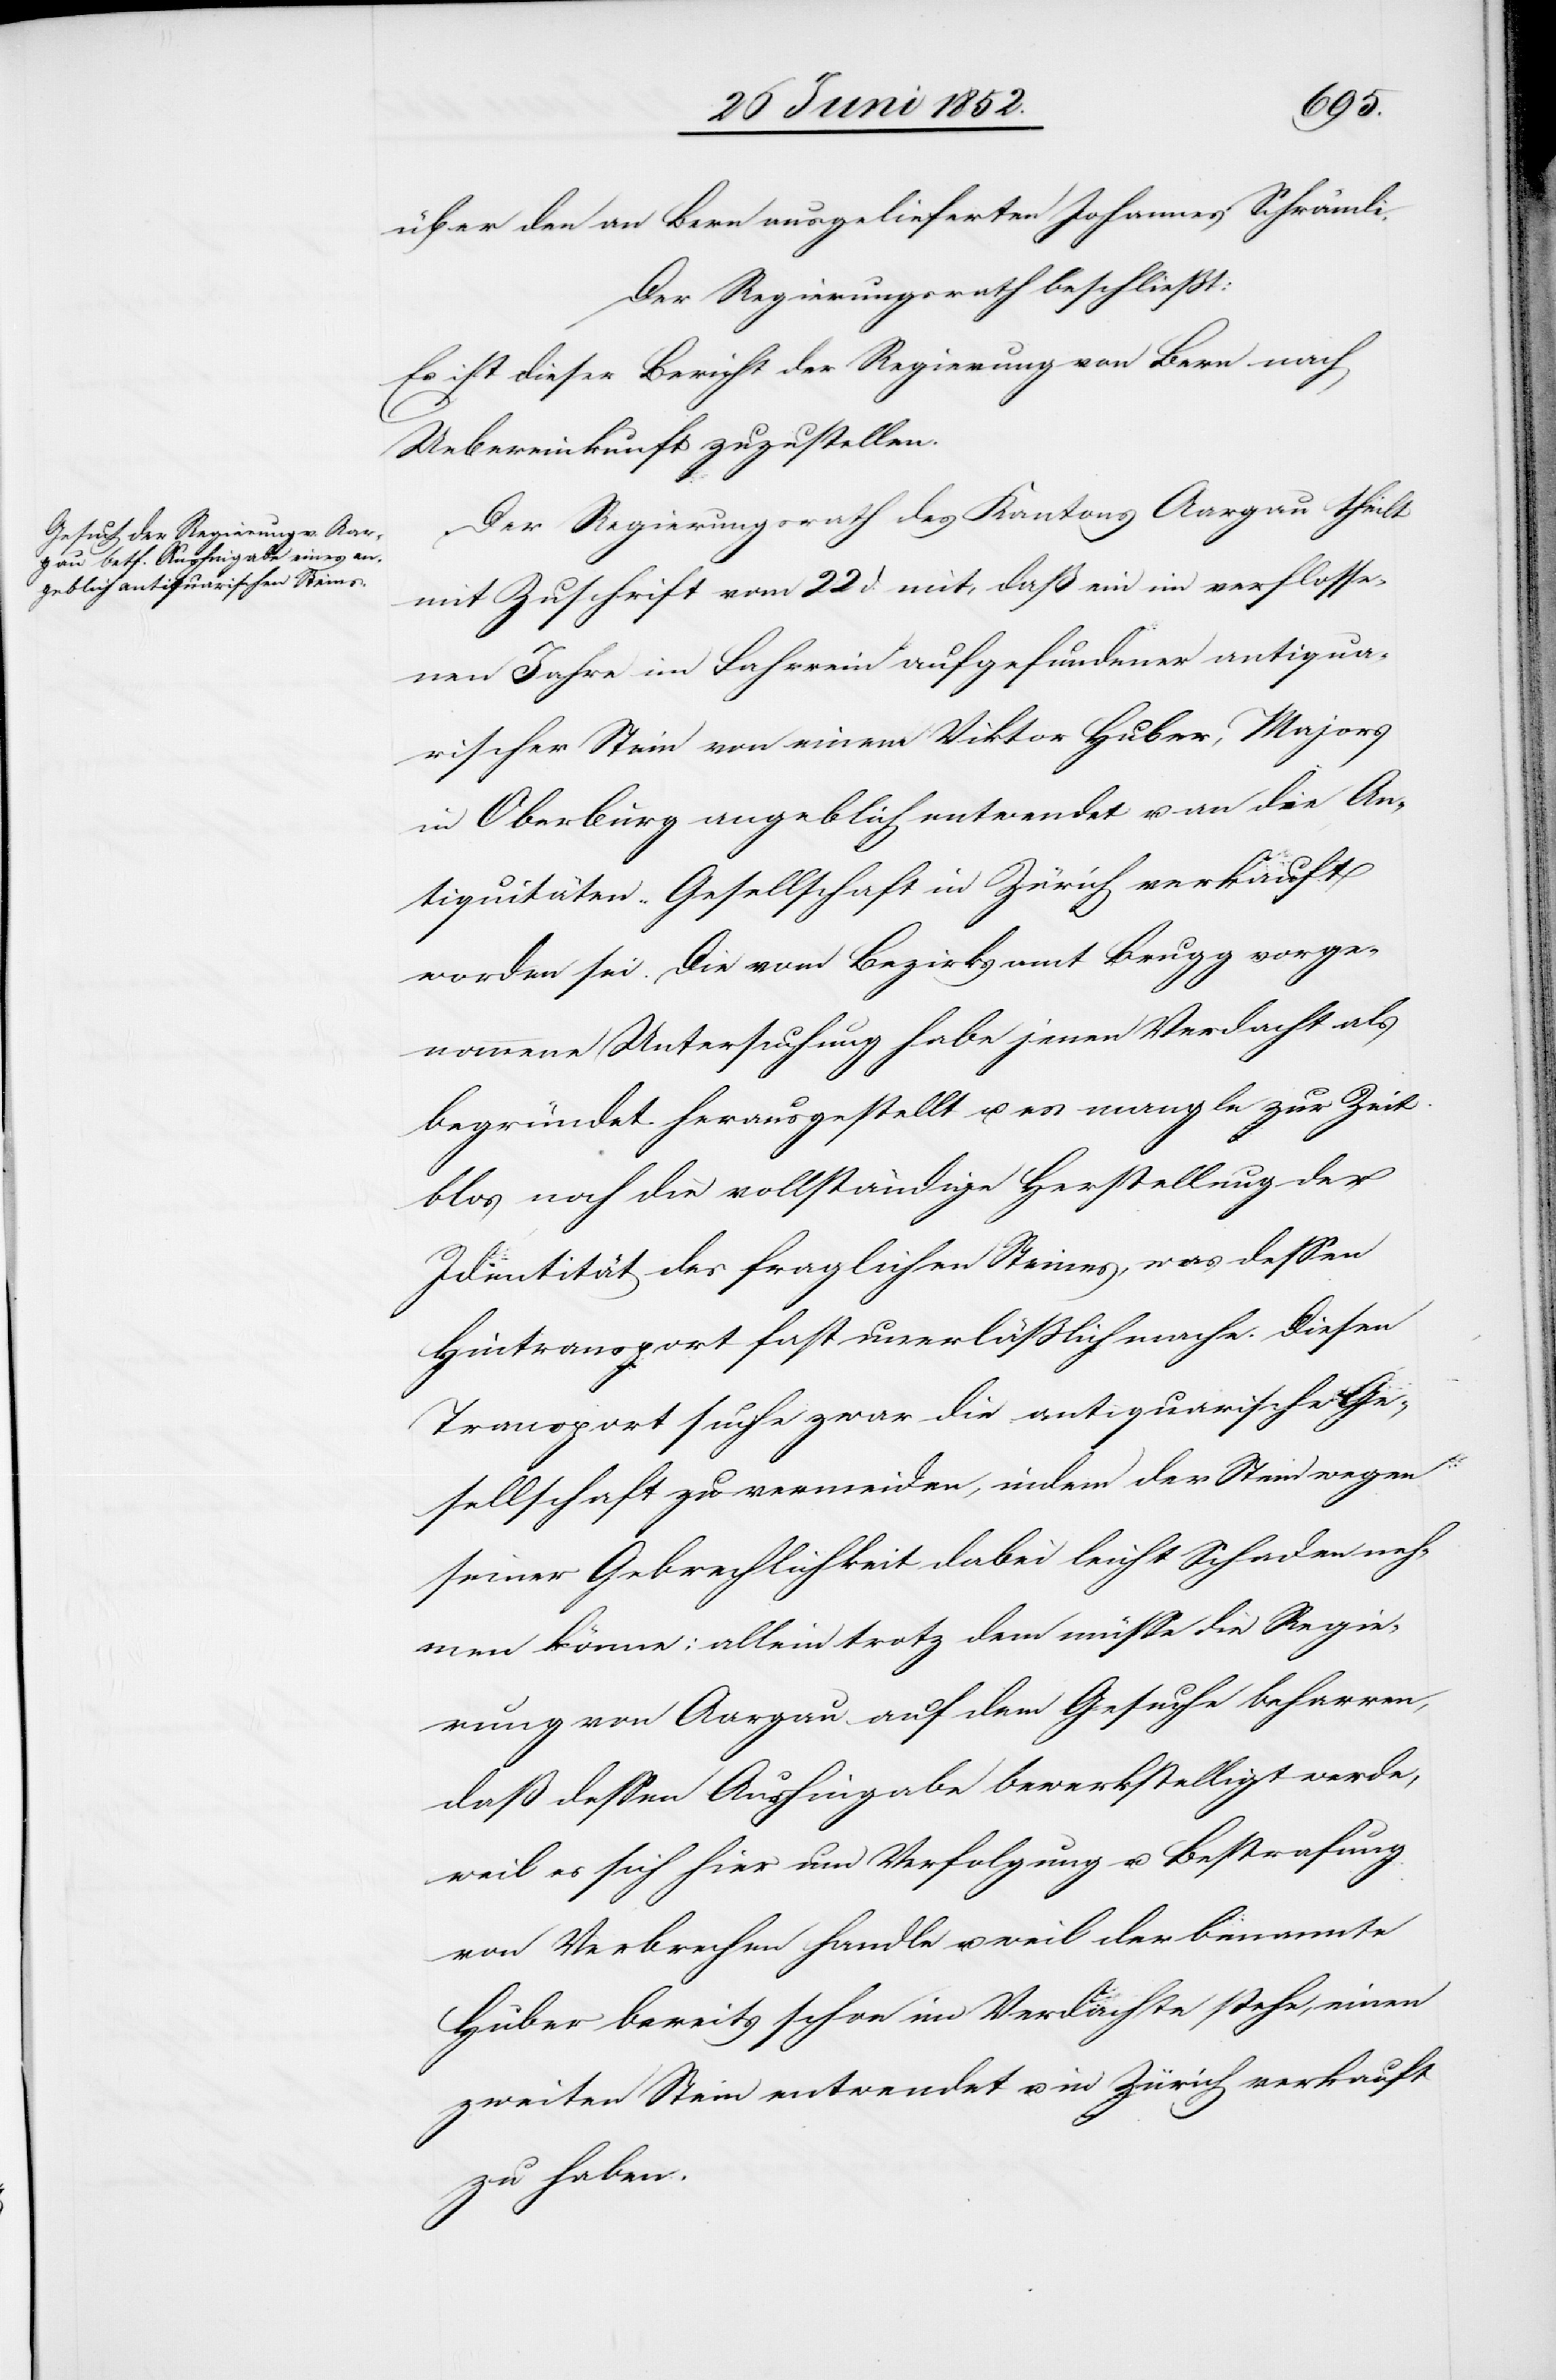
über den an Bern ausgelieferten Johannes Schrämli.
Der Regierungsrath beschließt:
Es ist dieser Bericht der Regierung von Bern nach
Uebereinkunft zuzustellen.
Der Regierungsrath des Kantons Aargau theilt
mit Zuschrift vom 22 d. mit, daß ein im verflosse¬
nen Jahre im Fahrrein aufgefundener antiqua¬
rischer Stein von einem Viktor Huber, Majors
in Oberburg angeblich entwendet u. an die An¬
tiquitäten-Gesellschaft in Zürich verkauft
worden sei. Die vom Bezirksamt Brugg vorge¬
nommene Untersuchung habe jenen Verdacht als
begründet herausgestellt u. es mangle zur Zeit
blos noch die vollständige Herstellung der
Identität des fraglichen Steines, was dessen
Hintransport fast unerlässlich mache. Diesen
Transport suche zwar die antiquarische Ge¬
sellschaft zu vermeiden, indem der Stein wegen
seiner Gebrechlichkeit dabei leicht Schaden neh¬
men könne; allein trotz dem müsse die Regie¬
rung von Aargau auf dem Gesuche beharren,
daß dessen Aushingabe bewerkstelligt werde,
weil es sich hier um Verfolgung u. Bestrafung
von Verbrechen handle u. weil der benannte
Huber bereits schon im Verdachte stehe, einen
zweiten Stein entwendet u. in Zürich verkauft
zu haben.